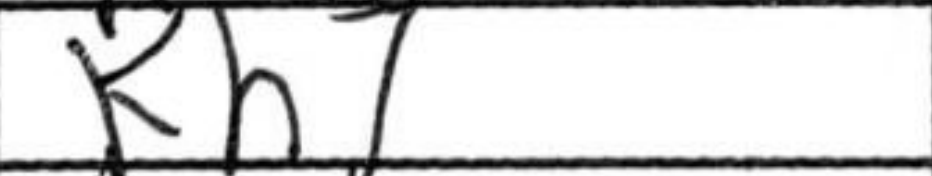
Transcription: Kh7